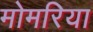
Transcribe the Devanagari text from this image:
मोमरिया